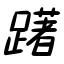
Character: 躇